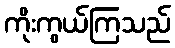
ကိုးကွယ်ကြသည်